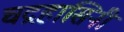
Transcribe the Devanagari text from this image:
चद्रहासिनी